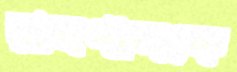
রামপালকে